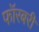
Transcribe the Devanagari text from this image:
फॉरबरी